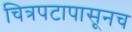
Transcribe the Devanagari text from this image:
चित्रपटापासूनच